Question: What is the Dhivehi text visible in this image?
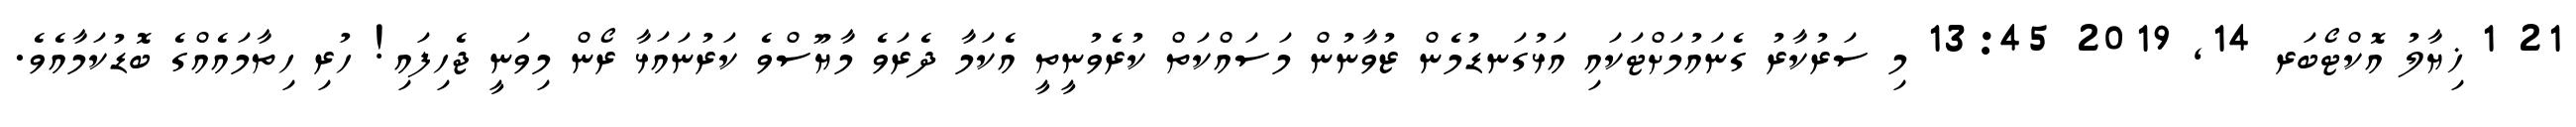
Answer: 21 1 ޚިޔާލު އޮކްޓޯބަރ 14, 2019 13:45 މި ސަރުކާރު ގެނައުމަށްޓަކައި އަޅުގަނޑުމެން ޒުވާނުން މަސައްކަތް ކުރެވުނީތީ އެކަމާ ދެރަވެ މާޔޫސްވެ ކަރުނައަޅާ ރޯން މިވަނީ ޖެހިފައި! ހުރި ހިތާމައެއްގެ ބޮޑުކަމާއެވެ.